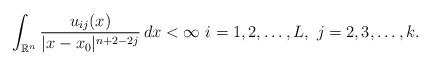
LaTeX: \begin{align*}\int_{\mathbb{R}^n} \frac{u_{ij}(x)}{|x - x_0|^{n+2-2j}} \,dx < \infty \,\, i=1,2,\ldots, L,~j = 2,3,\ldots, k.\end{align*}